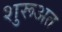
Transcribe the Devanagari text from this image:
शुरूअत